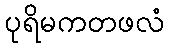
ပုရိမကတဖလံ